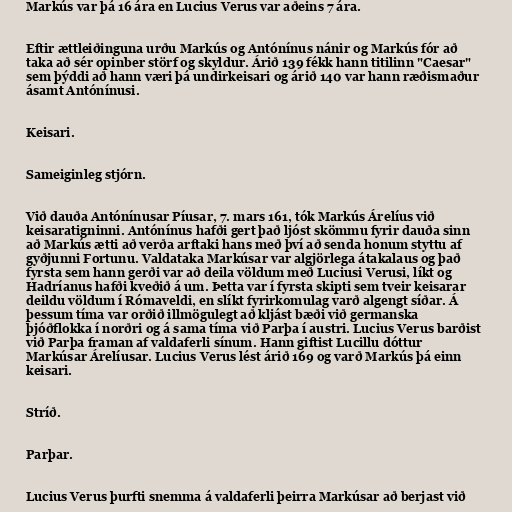
Markús var þá 16 ára en Lucius Verus var aðeins 7 ára.

Eftir ættleiðinguna urðu Markús og Antónínus nánir og Markús fór að
taka að sér opinber störf og skyldur. Árið 139 fékk hann titilinn "Caesar"
sem þýddi að hann væri þá undirkeisari og árið 140 var hann ræðismaður
ásamt Antónínusi.

Keisari.

Sameiginleg stjórn.

Við dauða Antónínusar Píusar, 7. mars 161, tók Markús Árelíus við
keisaratigninni. Antónínus hafði gert það ljóst skömmu fyrir dauða sinn
að Markús ætti að verða arftaki hans með því að senda honum styttu af
gyðjunni Fortunu. Valdataka Markúsar var algjörlega átakalaus og það
fyrsta sem hann gerði var að deila völdum með Luciusi Verusi, líkt og
Hadríanus hafði kveðið á um. Þetta var í fyrsta skipti sem tveir keisarar
deildu völdum í Rómaveldi, en slíkt fyrirkomulag varð algengt síðar. Á
þessum tíma var orðið illmögulegt að kljást bæði við germanska
þjóðflokka í norðri og á sama tíma við Parþa í austri. Lucius Verus barðist
við Parþa framan af valdaferli sínum. Hann giftist Lucillu dóttur
Markúsar Árelíusar. Lucius Verus lést árið 169 og varð Markús þá einn
keisari.

Stríð.

Parþar.

Lucius Verus þurfti snemma á valdaferli þeirra Markúsar að berjast við